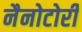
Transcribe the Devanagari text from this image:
नैनोटोरी